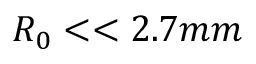
R _ { 0 } < < 2 . 7 m m